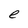
Character: e